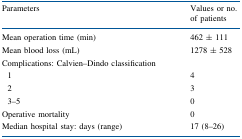
<table><thead><tr><td><b>Parameters</b></td><td><b>Values or no. of patients</b></td></tr></thead><tbody><tr><td>Mean operation time (min)</td><td>462 ± 111</td></tr><tr><td>Mean blood loss (mL)</td><td>1278 ± 528</td></tr><tr><td colspan="2">Complications: Calvien–Dindo classification</td></tr><tr><td> 1</td><td>4</td></tr><tr><td> 2</td><td>3</td></tr><tr><td> 3–5</td><td>0</td></tr><tr><td>Operative mortality</td><td>0</td></tr><tr><td>Median hospital stay: days (range)</td><td>17 (8–26)</td></tr></tbody></table>